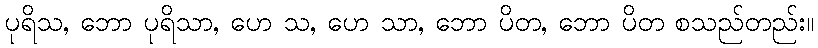
ပုရိသ, ဘော ပုရိသာ, ဟေ သ, ဟေ သာ, ဘော ပိတ, ဘော ပိတ စသည်တည်း။